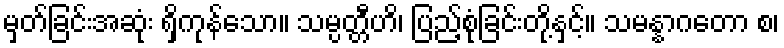
မှတ်ခြင်းအဆုံး ရှိကုန်သော။ သမ္ပတ္တီဟိ၊ ပြည့်စုံခြင်းတို့နှင့်။ သမန္နာဂတော စ၊